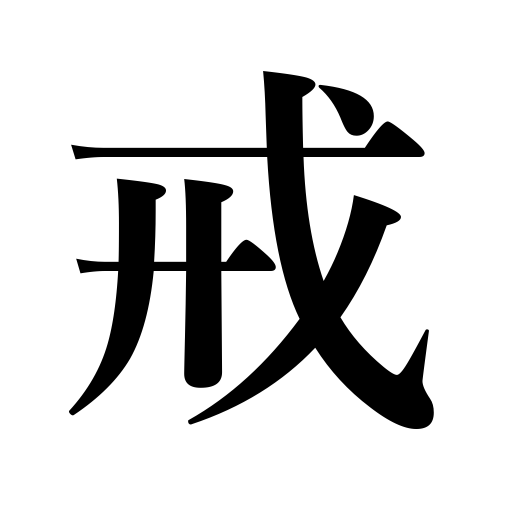
Meanings: warn,commandment,admonish,admonition,prohibit